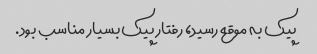
پیک به موقع رسید، رفتار پیک بسیار مناسب بود.